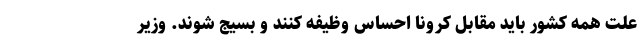
علت همه کشور باید مقابل کرونا احساس وظیفه کنند و بسیج شوند. وزیر